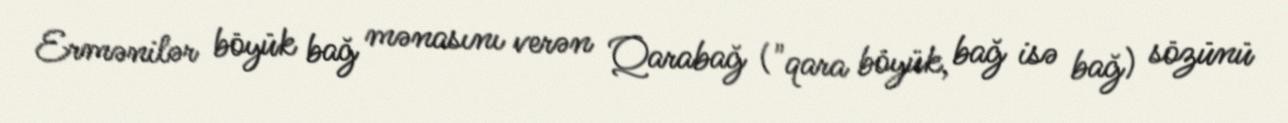
Ermənilər böyük bağ mənasını verən Qarabağ ("qara böyük, bağ isə bağ) sözünü